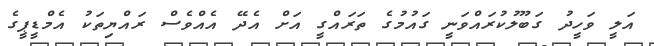
އަލީ ވަހީދު ގަބޫލުކުރައްވަނީ ގައުމުގެ ތަރައްގީ އަށް އެދޭ އެއްވެސް ރައްޔިތަކު އެމްޑީޕީގެ